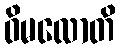
ဝိမလောတိ